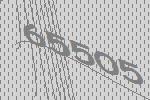
65505